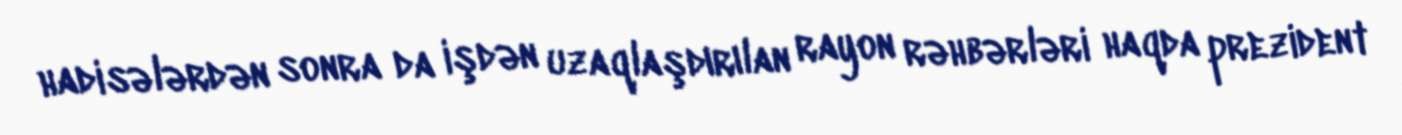
hadisələrdən sonra da işdən uzaqlaşdırılan rayon rəhbərləri haqda prezident